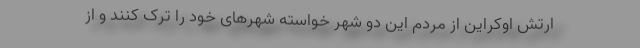
ارتش اوکراین از مردم این دو شهر خواسته شهرهای خود را ترک کنند و از